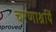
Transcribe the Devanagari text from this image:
चरणाश्रयिं